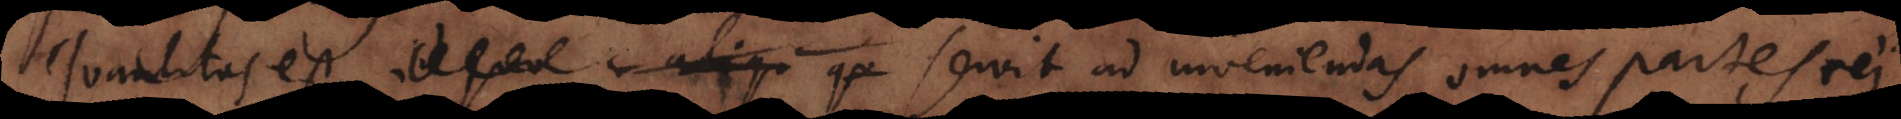
aliqu (c) qu servit ad inveniendas omnes partes rei